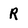
Character: R